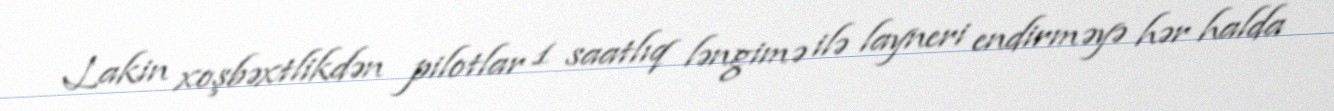
Lakin xoşbəxtlikdən pilotlar 1 saatlıq ləngimə ilə layneri endirməyə hər halda